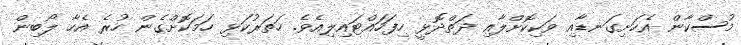
މުސްކާން އެހަށިގަނޑާއި ވަކިކޮށްލާއި ދަތްދޮޅީ ހިފަހައްޓައިލިއެވެ. ހަތަރުކަޅި ހަމަކޮށްގެން ހުރެ އެހާ ލޯބިން